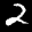
Label: 2